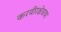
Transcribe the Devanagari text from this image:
करवीरक्षेत्रावर